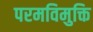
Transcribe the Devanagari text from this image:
परमविमुक्ति